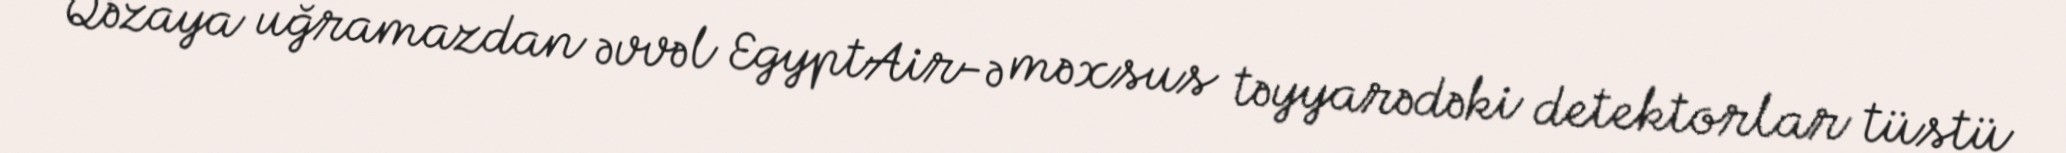
Qəzaya uğramazdan əvvəl EgyptAir-ə məxsus təyyarədəki detektorlar tüstü